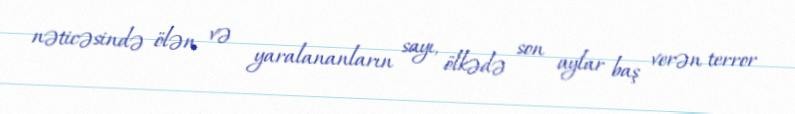
nəticəsində ölən və yaralananların sayı, ölkədə son aylar baş verən terror